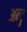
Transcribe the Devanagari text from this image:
अन्टु